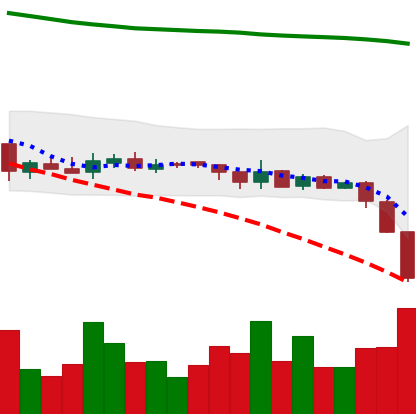
Ticker: XRP-USD
Chart end date: 2018-08-08
Forward return: -16.412%
Label: down_7plus